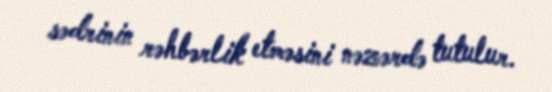
sədrinin rəhbərlik etməsini nəzərdə tutulur.